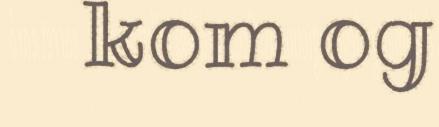
kom og